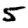
Digit: 5